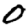
Digit: 0